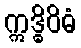
ဣဒ္ဓိဝိဓံ